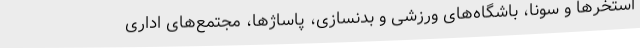
استخرها و سونا، باشگاه‌های ورزشی و بدنسازی، پاساژها، مجتمع‌های اداری